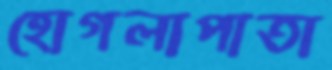
হোগলাপাতা